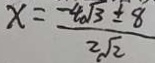
x = \frac { - 4 \sqrt { 3 } \pm 8 } { 2 \sqrt { 2 } }